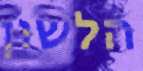
הלשון